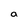
Character: a